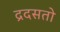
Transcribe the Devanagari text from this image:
द्रदसतो